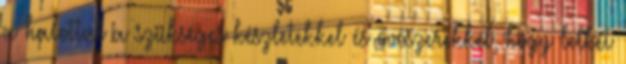
a halottat a szükséges készletekkel és óvószerekkel, hogy lelkét